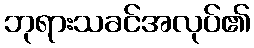
ဘုရားသခင်အလုပ်၏